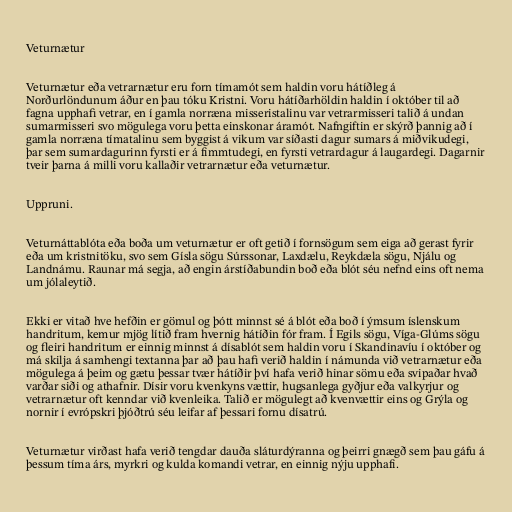
Veturnætur

Veturnætur eða vetrarnætur eru forn tímamót sem haldin voru hátíðleg á
Norðurlöndunum áður en þau tóku Kristni. Voru hátíðarhöldin haldin í október til að
fagna upphafi vetrar, en í gamla norræna misseristalinu var vetrarmisseri talið á undan
sumarmisseri svo mögulega voru þetta einskonar áramót. Nafngiftin er skýrð þannig að í
gamla norræna tímatalinu sem byggist á vikum var síðasti dagur sumars á miðvikudegi,
þar sem sumardagurinn fyrsti er á fimmtudegi, en fyrsti vetrardagur á laugardegi. Dagarnir
tveir þarna á milli voru kallaðir vetrarnætur eða veturnætur.

Uppruni.

Veturnáttablóta eða boða um veturnætur er oft getið í fornsögum sem eiga að gerast fyrir
eða um kristnitöku, svo sem Gísla sögu Súrssonar, Laxdælu, Reykdæla sögu, Njálu og
Landnámu. Raunar má segja, að engin árstíðabundin boð eða blót séu nefnd eins oft nema
um jólaleytið.

Ekki er vitað hve hefðin er gömul og þótt minnst sé á blót eða boð í ýmsum íslenskum
handritum, kemur mjög lítið fram hvernig hátíðin fór fram. Í Egils sögu, Víga-Glúms sögu
og fleiri handritum er einnig minnst á dísablót sem haldin voru í Skandinavíu í október og
má skilja á samhengi textanna þar að þau hafi verið haldin í námunda við vetrarnætur eða
mögulega á þeim og gætu þessar tvær hátíðir því hafa verið hinar sömu eða svipaðar hvað
varðar siði og athafnir. Dísir voru kvenkyns vættir, hugsanlega gyðjur eða valkyrjur og
vetrarnætur oft kenndar við kvenleika. Talið er mögulegt að kvenvættir eins og Grýla og
nornir í evrópskri þjóðtrú séu leifar af þessari fornu dísatrú.

Veturnætur virðast hafa verið tengdar dauða sláturdýranna og þeirri gnægð sem þau gáfu á
þessum tíma árs, myrkri og kulda komandi vetrar, en einnig nýju upphafi.